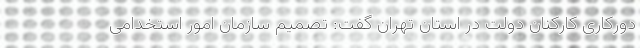
دورکاری کارکنان دولت در استان تهران گفت: تصمیم سازمان امور استخدامی